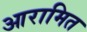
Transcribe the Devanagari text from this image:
आरामित